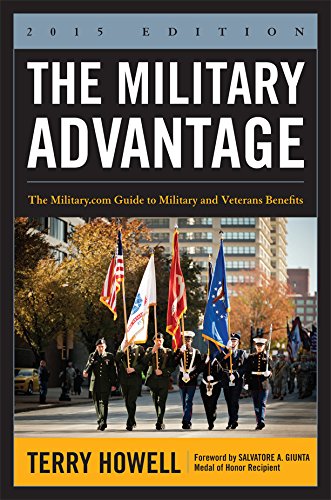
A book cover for The Military Advantage, 2015 Edition: The Military.com Guide to Military and Veterans Benefits; Terry Howell; Reference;